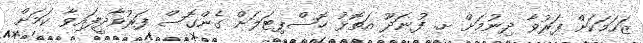
ޒަހަމަކަށް ފަރުވާ ދިނުމަށް ށ. ފުނަދޫ އަތޮޅު ހޮސްޕިޓަލަށް ގެންގޮސް ފަރުވާދީފައިވާ ކަމަށް